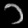
Digit: ၁